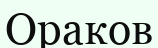
Ораков